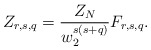
\begin{align*}Z_{r,s,q}=\frac{Z_N}{w_2^{s(s+q)}}F_{r,s,q}.\end{align*}